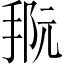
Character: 𪮀